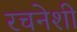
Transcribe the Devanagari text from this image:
रचनेशी